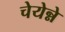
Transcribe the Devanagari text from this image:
चेयेन्ने